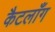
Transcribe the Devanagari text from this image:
कैटलाँग